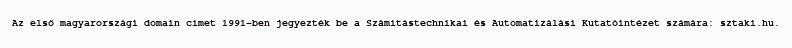
Az első magyarországi domain címet 1991-ben jegyezték be a Számítástechnikai és Automatizálási Kutatóintézet számára: sztaki.hu.